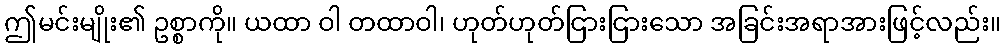
ဤမင်းမျိုး၏ ဥစ္စာကို။ ယထာ ဝါ တထာဝါ၊ ဟုတ်ဟုတ်ငြားငြားသော အခြင်းအရာအားဖြင့်လည်း။